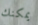
يمكنك